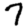
Digit: 7